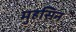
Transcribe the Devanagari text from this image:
मुहसिन